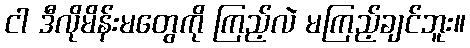
ငါ ဒီလိုမိန်းမတွေကို ကြည့်လဲ မကြည့်ချင်ဘူး။